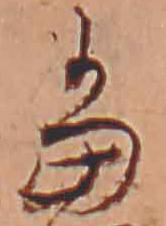
当